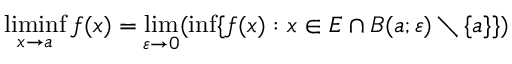
\operatorname* { l i m i n f } _ { x \to a } f ( x ) = \operatorname* { l i m } _ { \varepsilon \to 0 } ( \operatorname* { i n f } \{ f ( x ) : x \in E \cap B ( a ; \varepsilon ) \setminus \{ a \} \} )